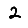
Digit: 2